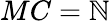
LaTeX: MC=\mathbb{N}